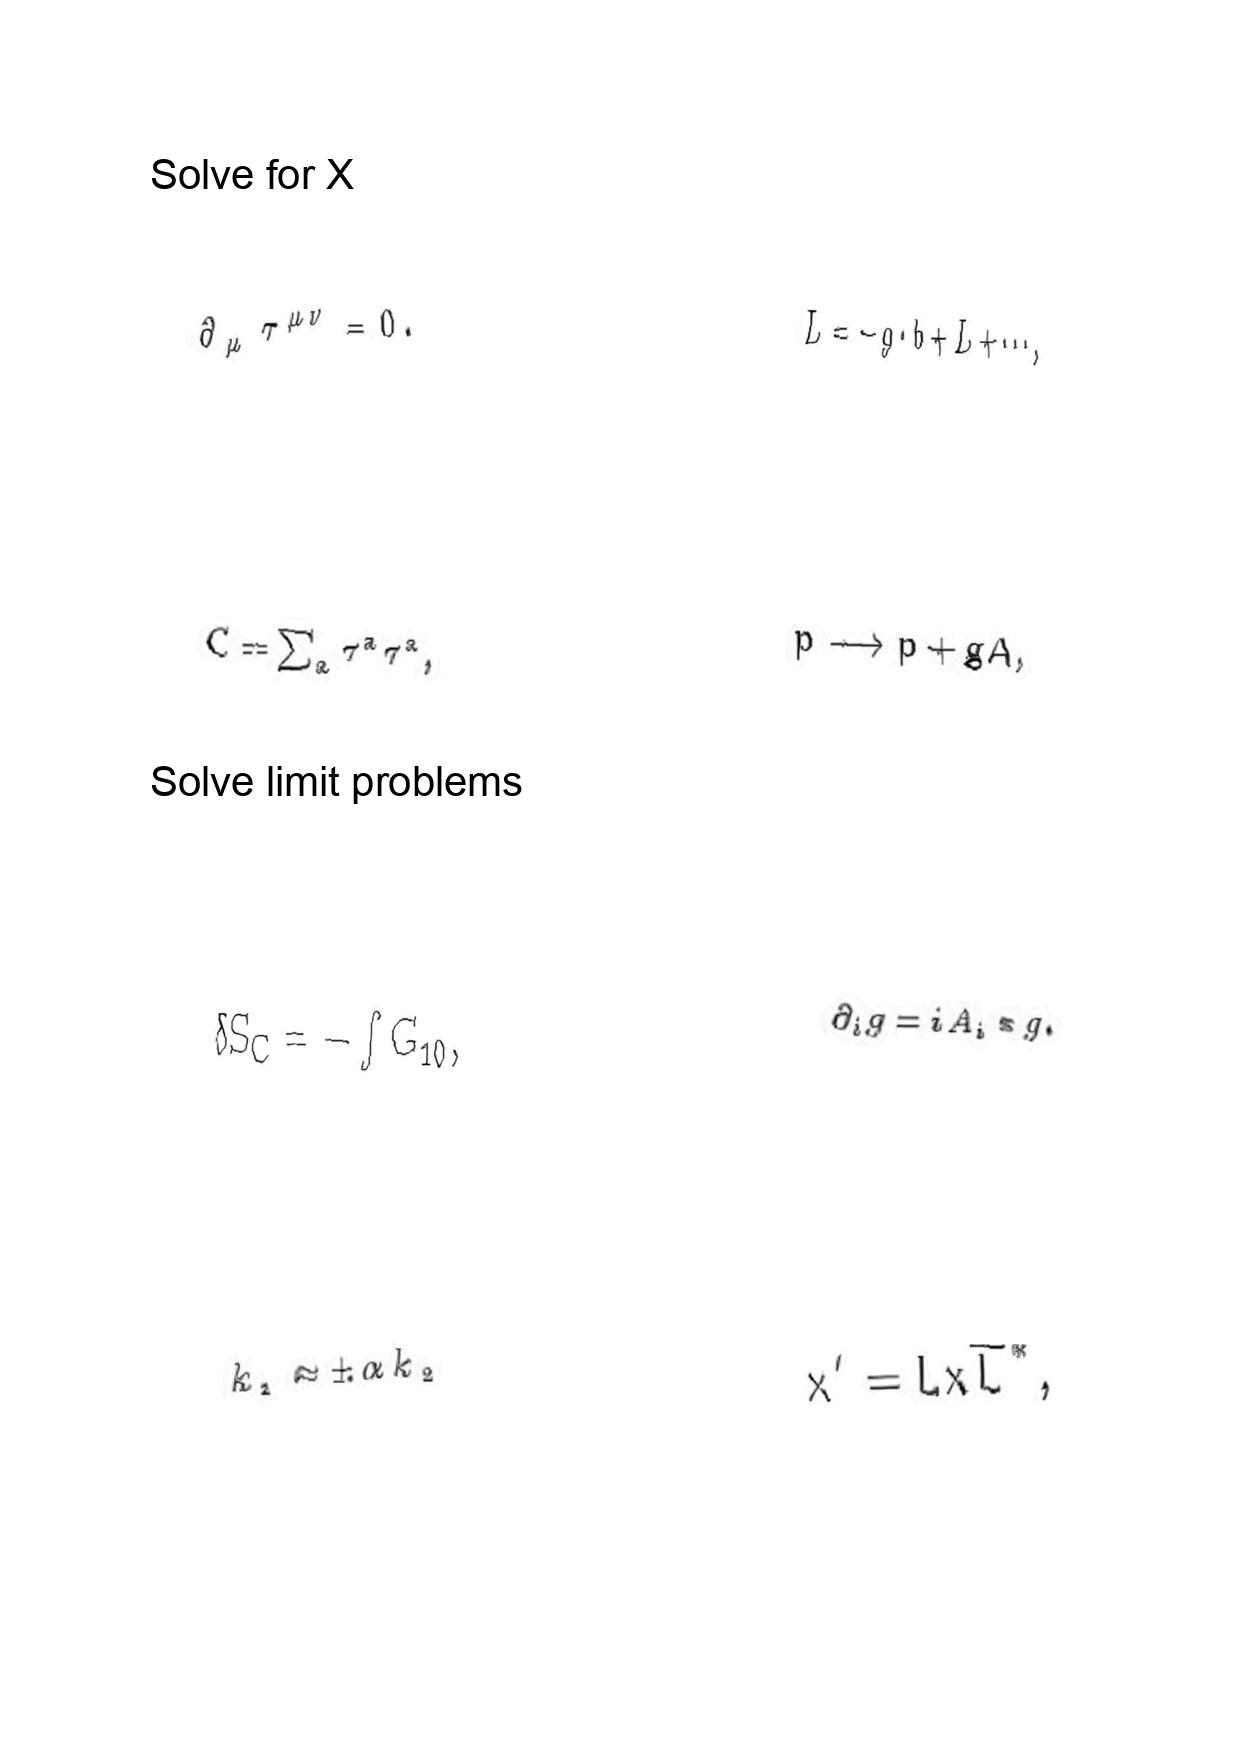
LaTeX transcription:
\partial _ { \mu } \tau ^ { \mu \nu } = 0 .
C = \sum _ { a } \tau ^ { a } \tau ^ { a } ,
\delta S _ { C } = - \int G _ { 1 0 } ,
k _ { 1 } \approx \pm \alpha k _ { 2 }
\bar { L } = - g \cdot b + L + \@cdots ,
p \longrightarrow p + g A ,
\partial _ { i } g = i A _ { i } \ast g .
x ^ { \prime } = L x \overline { L } ^ { \ast } ,